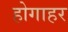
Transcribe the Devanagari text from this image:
होगाहर